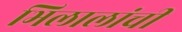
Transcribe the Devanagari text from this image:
भिलालांची